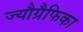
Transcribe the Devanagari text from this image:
ज्यौग्रैफिका